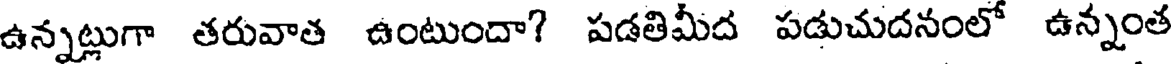
ఉన్నట్లుగా తరువాత ఉంటుందా? పడతిమీద పడుచుదనంలో ఉన్నంత